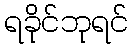
ရခိုင်ဘုရင်